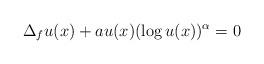
LaTeX: \begin{align*}\Delta_f u(x) +au(x) (\log u(x))^\alpha = 0\end{align*}